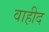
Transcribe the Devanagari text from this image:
वाहीद